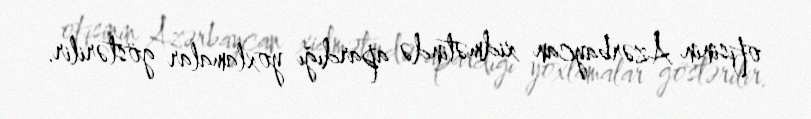
ofisinin Azərbaycan xidmətində apardığı yoxlamalar göstərilir.